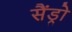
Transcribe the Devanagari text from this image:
सैंड्रो